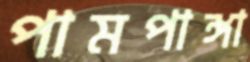
পামপাঙ্গা